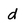
Character: d